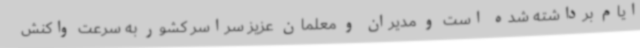
ایام برداشته شده است و مدیران و معلمان عزیز سراسر کشور به سرعت واکنش